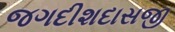
જગદીશદાસજી